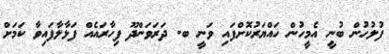
ފުލުހުން ބުނީ އެމީހުން ހައްޔަރުކޮށްފައި ވަނީ ބ. ދަރަވަންދޫ ފިހާރައެއް ފަޅާލާފައިވާ ކަމަށް